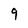
Character: 9